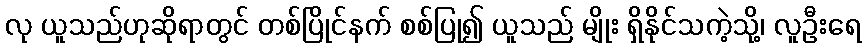
လု ယူသည်ဟုဆိုရာတွင် တစ်ပြိုင်နက် စစ်ပြု၍ ယူသည် မျိုး ရှိနိုင်သကဲ့သို့၊ လူဦးရေ